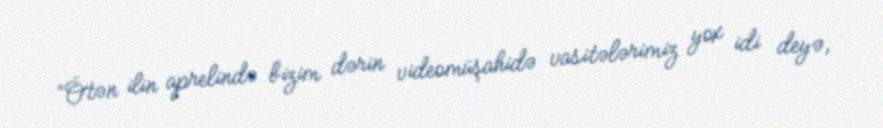
“Ötən ilin aprelində bizim dərin videomüşahidə vasitələrimiz yox idi deyə,